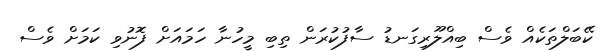
ކޭބަލްތަކެއް ވެސް ބިއްލޫރިގަނޑު ސާފުކުރަން ތިބި މީހުނާ ހަމައަށް ފޮނުވި ކަމަށް ވެސް